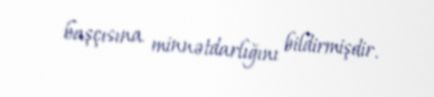
başçısına minnətdarlığını bildirmişdir.